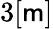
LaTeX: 3[\mathsf{m}]